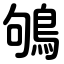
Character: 鴝